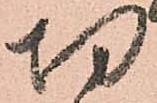
切